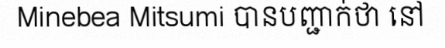
Minebea Mitsumi បានបញ្ជាក់ថា នៅ